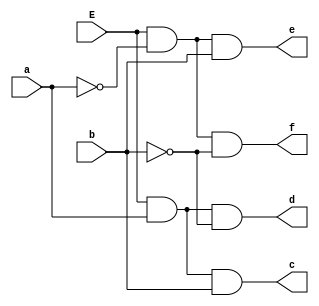
module decoder(a,b,c,d,e,f,E);
	input a,b,E;
	output c,d,e,f;
	assign c = E&a&b;
	assign d = E&a&(~b);
	assign e = E&(~a)&b;
	assign f = E&(~a)&(~b);
endmodule 

module testbench;
	reg a, b, E;
	wire c,d,e,f;
	decoder obj(a,b,c,d,e,f,E);
	initial begin
		$dumpfile("decoder.vcd");
		$dumpvars(0, testbench);
		$display("Inputs      |  Outputs");
		$display("E  a  b  |  c  d  e  f");
		$monitor("%b  %b  %b  |  %b  %b  %b  %b",E,a,b,c,d,e,f);
		E=0 ; a=0; b=0; 
		#5 E=1; a=0; b=0; 
		#5 E=1; a=0; b=1; 
		#5 E=1; a=1; b=0;
		#5 E=1; a=1; b=1;
		#5	$finish;
	end
endmodule